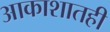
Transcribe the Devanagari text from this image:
आकाशातही